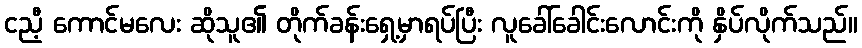
ငညီ့ ကောင်မလေး ဆိုသူ၏ တိုက်ခန်းရှေ့မှာရပ်ပြီး လူခေါ်ခေါင်းလောင်းကို နှိပ်လိုက်သည်။